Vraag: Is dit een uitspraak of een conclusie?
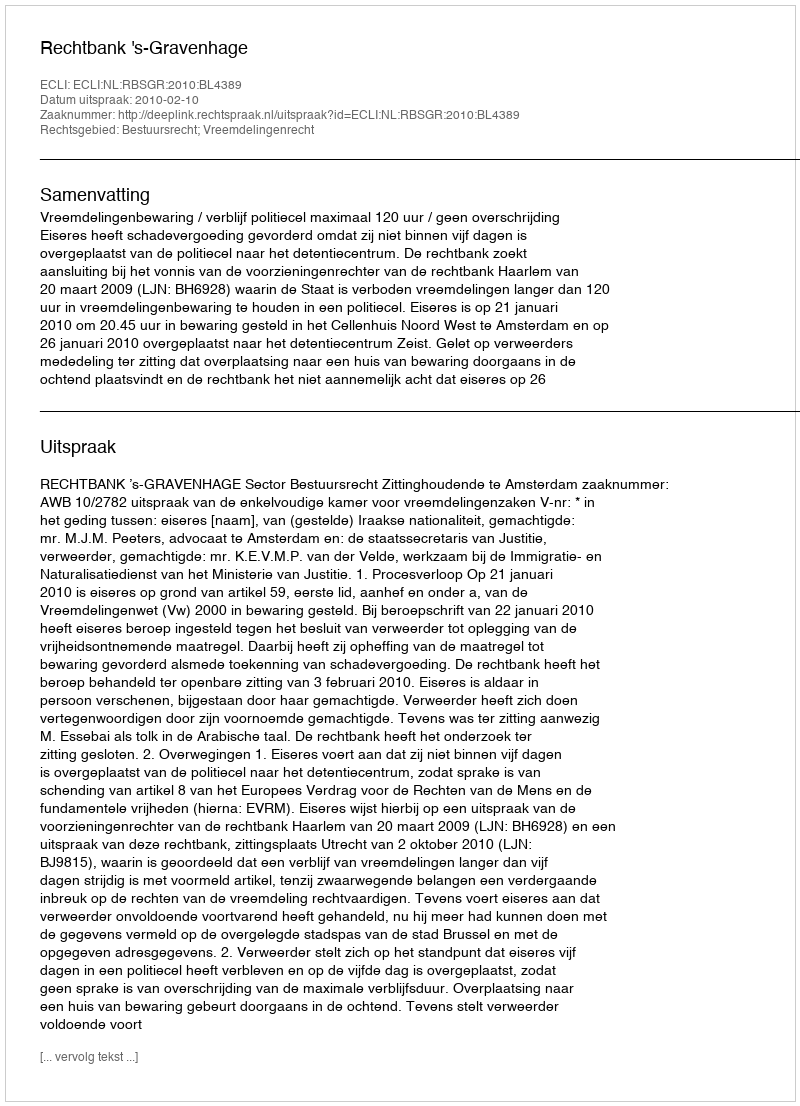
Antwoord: Uitspraak